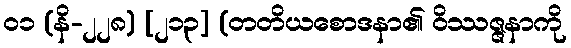
၀၁ (နိ-၂၂၈) [၂၁၃] (တတိယစောဒနာ၏ ဝိဿဇ္ဇနာကို